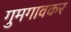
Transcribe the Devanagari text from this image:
गुमगावकर